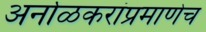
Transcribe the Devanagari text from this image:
अर्नाळकरांप्रमाणेच